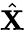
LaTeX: \hat{\textbf{X}}